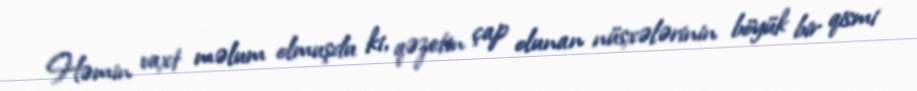
Həmin vaxt məlum olmuşdu ki, qəzetin çap olunan nüsxələrinin böyük bir qismi